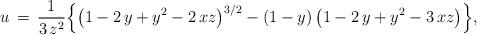
LaTeX: \begin{align*}u\,=\,\frac{1}{3\,z^2}\Big\{\big(1-2\,y+y^2-2\,xz\big)^{3/2}-(1-y)\,\big(1-2\,y+y^2-3\,xz\big)\Big\},\end{align*}